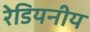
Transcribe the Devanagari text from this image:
रेडियनीय